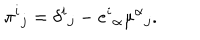
LaTeX: \pi ^ { i } { } _ { j } = \delta ^ { i } { } _ { j } - e ^ { i } { } _ { \alpha } \mu ^ { \alpha } { } _ { j } .